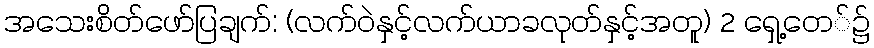
အသေးစိတ်ဖော်ပြချက်: (လက်ဝဲနှင့်လက်ယာခလုတ်နှင့်အတူ) 2 ရှေ့တေ်၌